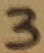
Text: 3